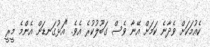
ކެއުމަކަށް ވެދާނެ ކަމަށް އޭނާ ވެސް ގަބޫލުކުރެ އެވެ. "އަޅުގަނޑަށް އެންމެ މީރީ